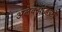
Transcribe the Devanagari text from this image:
अलेक्झांडरने